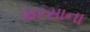
વારસાના